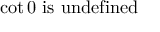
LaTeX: \cot 0 { \mathrm { ~ i s ~ u n d e f i n e d } }